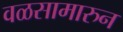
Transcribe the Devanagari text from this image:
वळसामारुन